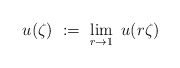
\begin{align*}u(\zeta)\ :=\ \lim\limits_{r\to 1}\ u(r\zeta)\end{align*}